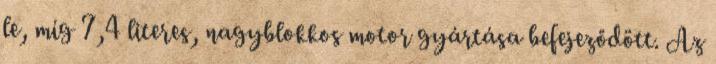
le, míg 7,4 literes, nagyblokkos motor gyártása befejeződött. Az